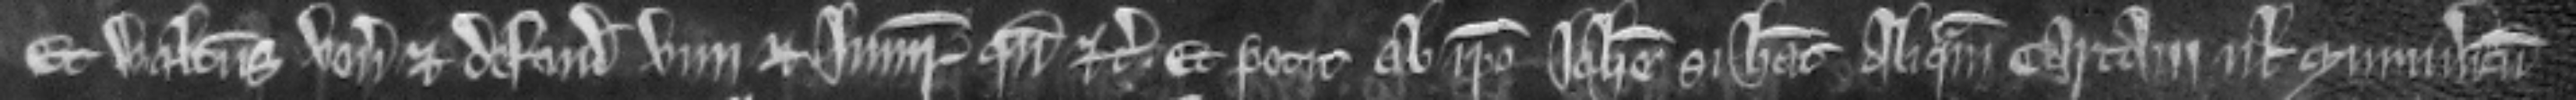
Et Walterus venit et defendit vim et injuriam quando etc. Et petit ab ipso Johanne si habea aliquam cartam vel munimentum